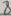
Text: 8